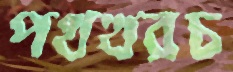
পথখরচ